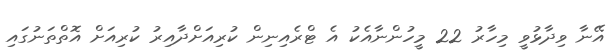
އޭނާ ވިދާޅުވީ މިހާރު 22 މީހުންނާއެކު އެ ޓްރެއިނިން ކުރިއަށްދާއިރު ކުރިއަށް އޮތްތަނުގައި